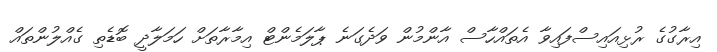
އިރާގުގެ ރުޅިއައިސްފައިވާ އެތައްހާސް އާންމުން ވަދެގަނެ ޕާލަމެންޓް އިމާރާތަށް ހަމަލާދީ ބޮޑެތި ގެއްލުންތައް